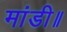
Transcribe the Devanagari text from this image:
मांडी॥